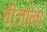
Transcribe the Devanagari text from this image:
बीजांना